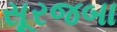
સૂરજબા